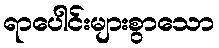
ရာပေါင်းများစွာသော